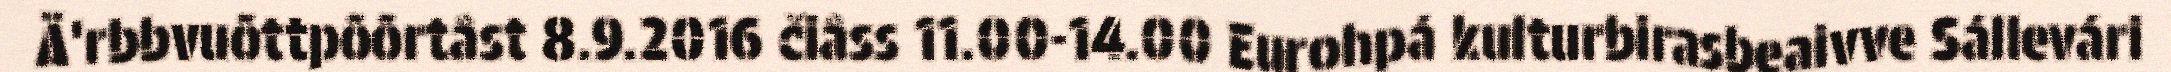
Ä'rbbvuõttpõõrtâst 8.9.2016 čiâss 11.00-14.00 Eurohpá kulturbirasbeaivve Sállevári